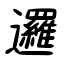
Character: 邏